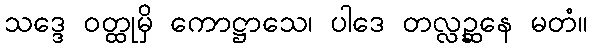
သဒ္ဒေ ဝတ္ထုမှိ ကောဋ္ဌာသေ၊ ပါဒေ တလ္လဉ္ဆနေ မတံ။